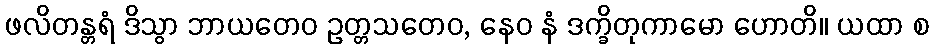
ဖလိတန္တရံ ဒိသွာ ဘာယတေဝ ဥတ္တသတေဝ, နေဝ နံ ဒက္ခိတုကာမော ဟောတိ။ ယထာ စ